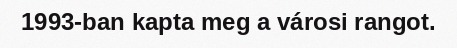
1993-ban kapta meg a városi rangot.